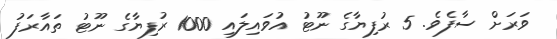
ވަރަށް ސާފެވެ. 5 ރުފިޔާގެ ނޫޓު އުވައިލައި 1000 ރުފިޔާގެ ނޫޓު ތައާރަފު